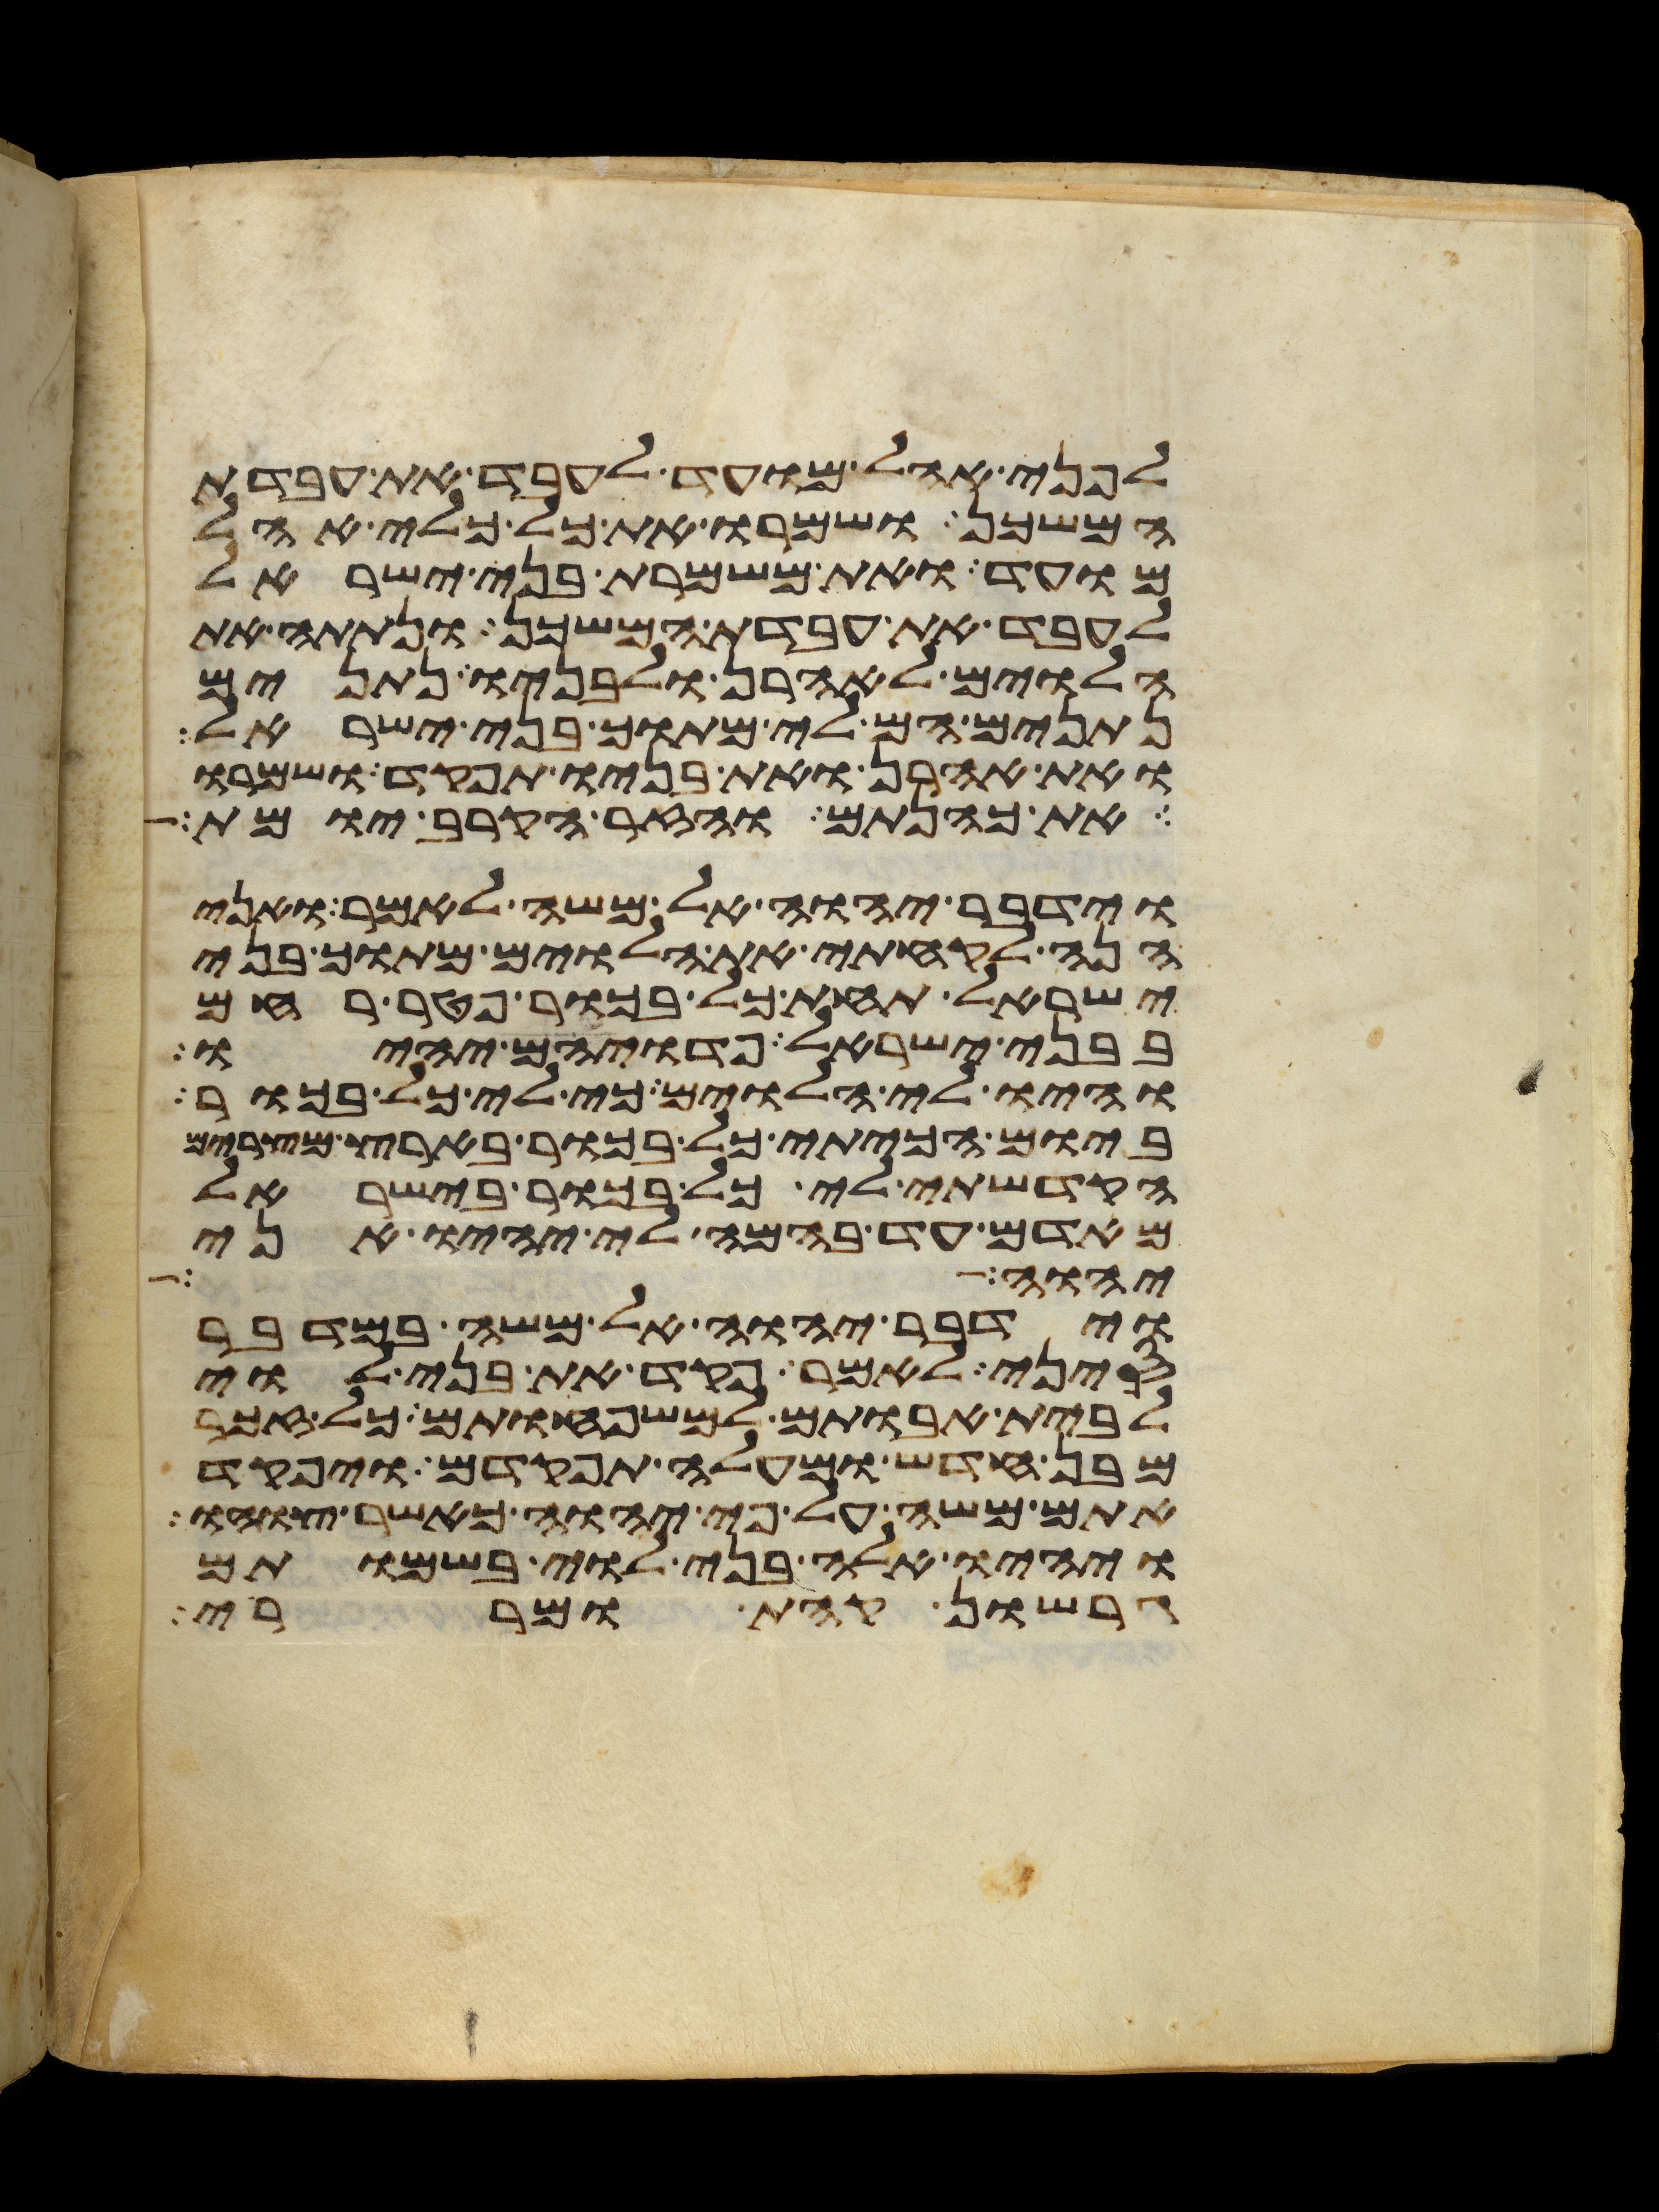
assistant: לפני אהל מועד לעבד את עבדת
המשכן ושמרו את כל כלי אהל
מועד ואת משמרת בני ישראל
לעבד את עבדת המשכן ונתתה את
הלוים לאהרן ולבניו נתנים
נתנים הם לי מתוך בני ישראל
ואת אהרן ואת בניו תפקד ושמרו
את כהנתם והזר הקרב יומת
וידבר יהוה אל משה לאמר ואני
הנה לקחתי את הלוים מתוך בני
ישראל תחת כל בכור פטר רחם
בבני ישראל פדויהם יהיו
והיו לי הלוים כי לי כל בכור
ביום הכיתי כל בכור בארץ מצרים
הקדשתי לי כל בכור בישראל
מאדם עד בהמה לי יהיו אני
יהוה אל
וידבר יהוה אל משה במדבר
סיני לאמר פקד את בני לוי
לבית אבותם למשפחותם כל זכר
מבן חדש ומעלה תפקדם ויפקד
אתם משה על פי יהוה כאשר צוהו
ויהיו אלה בני לוי בשמותם
גרשון קהת ומררי